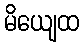
မိယျေထ